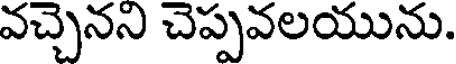
వచ్చెనని చెప్పవలయును.